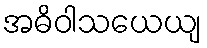
အဓိဝါသယေယျ